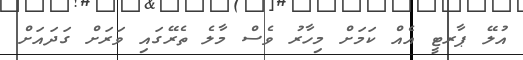
އުލޭ ޕާރޓީ އެއް ކަމަށް މިހާރު ވެސް މާލެ ތެރޭގައި ވަރަށް ގަދައަށް